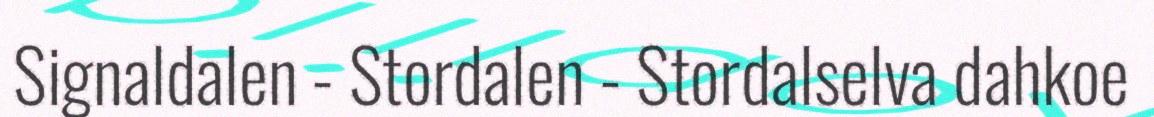
Signaldalen - Stordalen - Stordalselva dahkoe